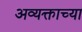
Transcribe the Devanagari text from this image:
अव्यक्ताच्या